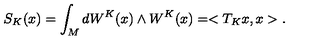
S _ { K } ( x ) = \int _ { M } d W ^ { K } ( x ) \wedge W ^ { K } ( x ) = < T _ { K } x , x > .